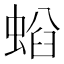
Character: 𧌤